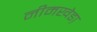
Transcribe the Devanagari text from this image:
नीमखेडा़